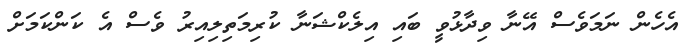
އެހެން ނަމަވެސް އޭނާ ވިދާޅުވީ ބައި އިލެކްޝަނާ ކުރިމަތިލިއިރު ވެސް އެ ކަންކަމަށް